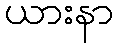
ယားနာ